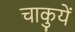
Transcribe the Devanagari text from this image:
चाकुयें